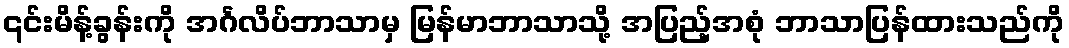
၎င်းမိန့်ခွန်းကို အင်္ဂလိပ်ဘာသာမှ မြန်မာဘာသာသို့ အပြည့်အစုံ ဘာသာပြန်ထားသည်ကို